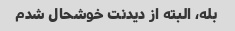
بله، البته از دیدنت خوشحال شدم